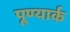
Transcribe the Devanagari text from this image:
पूण्यार्क